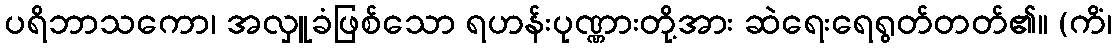
ပရိဘာသကော၊ အလှူခံဖြစ်သော ရဟန်းပုဏ္ဏားတို့အား ဆဲရေးရေရွတ်တတ်၏။ (ကိံ၊